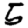
Digit: 5